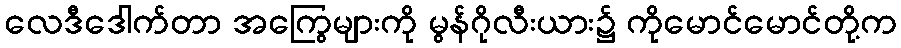
လေဒီဒေါက်တာ အကြွေများကို မွန်ဂိုလီးယား၌ ကိုမောင်မောင်တို့က